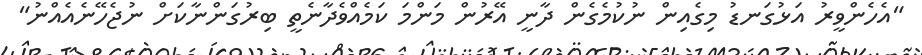
"އެހެންވީރު އަޅުގަނޑު މިގެއިން ނުކުމެގެން ދާނީ އޭރުން މަންމަ ކަމެއްވެދާނެތީ ބިރުގަންނާކަށް ނުޖެހޭނެއެއްނު"